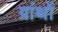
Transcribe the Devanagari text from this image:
ग्रांथों